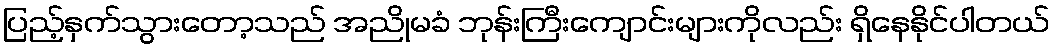
ပြည့်နှက်သွားတော့သည် အညိုမခံ ဘုန်းကြီးကျောင်းများကိုလည်း ရှိနေနိုင်ပါတယ်